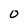
Character: O